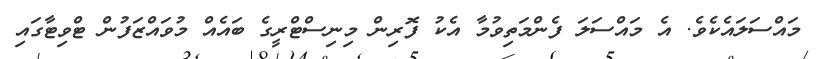
މައްސަލައެކެވެ. އެ މައްސަލަ ފެންމަތިވުމާ އެކު ފޮރިން މިނިސްޓްރީގެ ބައެއް މުވައްޒަފުން ޓްވިޓާގައި